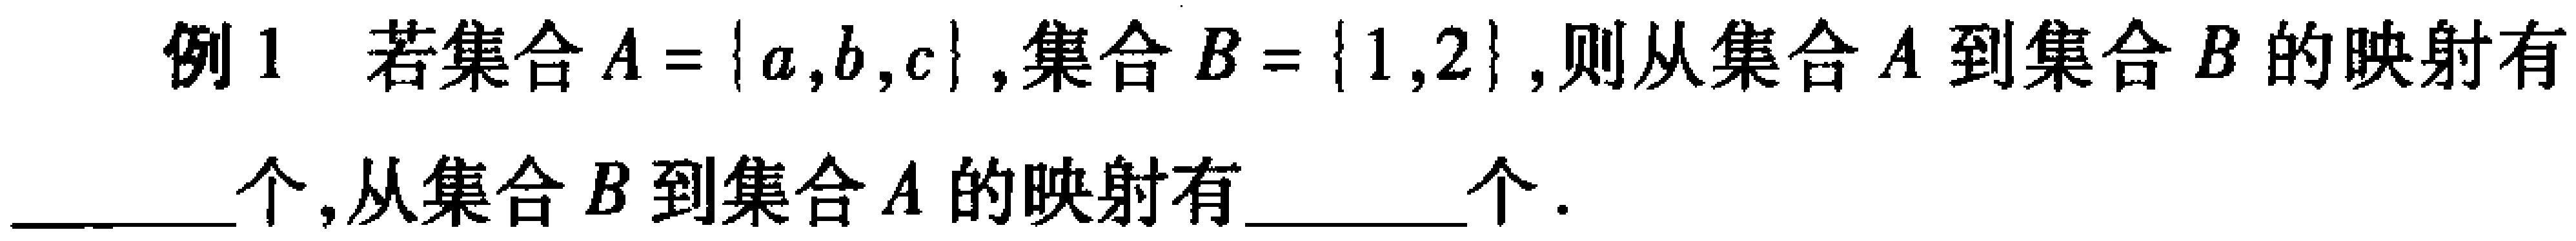
例1 若集合\(A = \{a,b,c\}\),集合\(B = \{1,2\}\),则从集合\(A\)到集合\(B\)的映射有______个,从集合\(B\)到集合\(A\)的映射有______个.